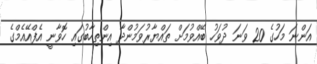
އަންނަ މަހުގެ 20 ވަނަ ދުވަހު ބޭއްވުމަށް ތައްޔާރުވަމުންދާ އިންތިހާބުގައި ހޮވާނީ އެފްއޭއެމްގެ